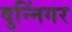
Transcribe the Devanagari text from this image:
दुन्निंगर